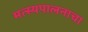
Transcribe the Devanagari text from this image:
मत्स्यपालनाचा